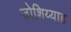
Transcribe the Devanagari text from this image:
जोशिय्याह